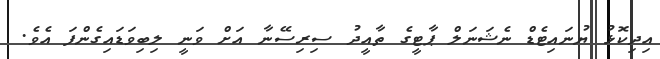
އިދިކޮޅު ޔުނައިޓެޑް ނެޝަނަލް ޕާޓީގެ ތާއީދު ސިރިސޭނާ އަށް ވަނީ ލިބިވަޑައިގެންފަ އެވެ.